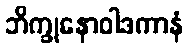
ဘိက္ခုနောဝါဒကာနံ